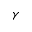
\gamma